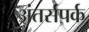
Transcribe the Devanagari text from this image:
अंतर्संपर्क